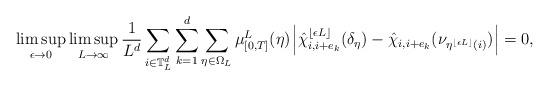
LaTeX: \begin{align*} \limsup_{\epsilon\to 0}\limsup_{L\to\infty}\frac 1{L^d}\sum_{i\in\mathbb T_L^d}\sum_{k=1}^d \sum_{\eta\in\Omega_L}\mu^L_{[0,T]}(\eta)\;\!\Bigl|\hat\chi_{i,i+e_k}^{\lfloor \epsilon L\rfloor}(\delta_\eta) - \hat\chi_{i,i+e_k}(\nu_{\eta^{\lfloor \epsilon L\rfloor}(i)})\Bigr|= 0,\end{align*}